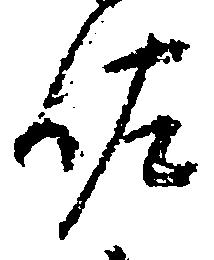
佐